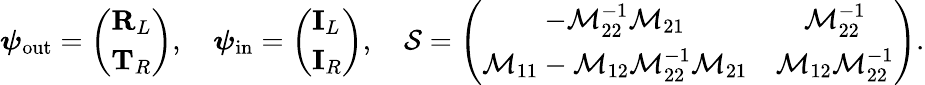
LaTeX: \boldsymbol{\psi}_{\mathrm{out}}=\left(\begin{array}{l}{\mathbf{R}_{L}}\\ {\mathbf{T}_{R}}\end{array}\right),\quad\boldsymbol{\psi}_{\mathrm{in}}=\left(\begin{array}{l}{\mathbf{I}_{L}}\\ {\mathbf{I}_{R}}\end{array}\right),\quad\mathcal{S}=\left(\begin{array}{cc}{-\mathcal{M}_{22}^{-1}\mathcal{M}_{21}}&{\mathcal{M}_{22}^{-1}}\\ {\mathcal{M}_{11}-\mathcal{M}_{12}\mathcal{M}_{22}^{-1}\mathcal{M}_{21}}&{\mathcal{M}_{12}\mathcal{M}_{22}^{-1}}\end{array}\right).